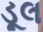
ડૂલ